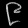
Digit: ၉